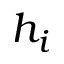
h _ { i }